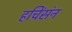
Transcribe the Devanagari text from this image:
हचिंसंन